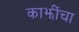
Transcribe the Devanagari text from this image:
काझींचा